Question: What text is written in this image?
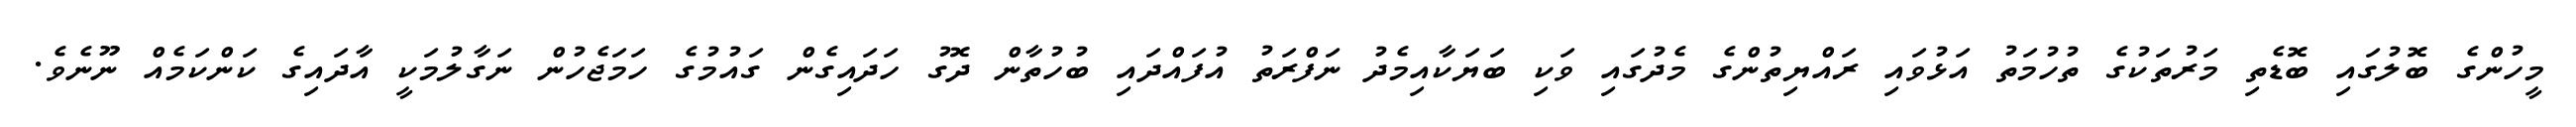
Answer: މީހުންގެ ބޮލުގައި ބޮޑެތި މަރުތަކުގެ ތުހުމަތު އަޅުވައި ރައްޔިތުންގެ މެދުގައި ވަކި ބަޔަކާއިމެދު ނަފްރަތު އުފައްދައި ބުހުތާން ދޮގު ހަދައިގެން ގައުމުގެ ހަމަޖެހުން ނަގާލުމަކީ އާދައިގެ ކަންކަމެއް ނޫނެވެ.